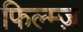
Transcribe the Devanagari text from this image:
फिल्म्ज़